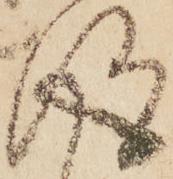
得